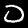
Label: 0